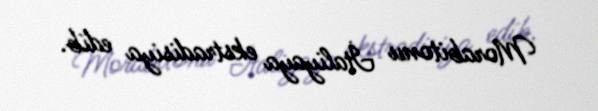
Morabitonu İtaliyaya ekstradisiya edib.